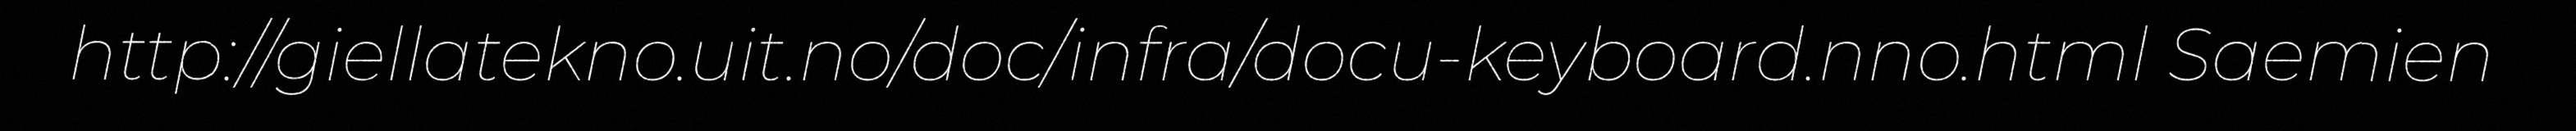
http://giellatekno.uit.no/doc/infra/docu-keyboard.nno.html Saemien